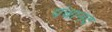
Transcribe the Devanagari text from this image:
पंचानद